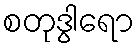
စတုဒွါရော